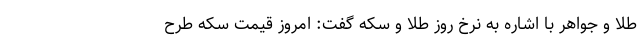
طلا و جواهر با اشاره به نرخ روز طلا و سکه گفت: امروز قیمت سکه طرح